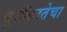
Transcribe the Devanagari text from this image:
सुरक्षिततेचा